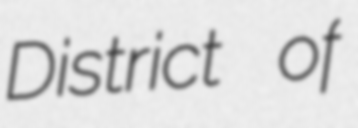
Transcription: District of